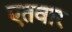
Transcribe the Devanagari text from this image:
एतवार